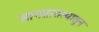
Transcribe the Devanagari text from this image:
लागतातत्यातुन